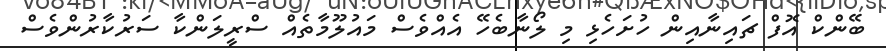
ބޭންކް އޮފް ޗައިނާއިން ހުށަހެޅި މި ލޯނާބެހޭ އެއްވެސް މައުލޫމާތެއް ސްރީލަންކާ ސަރުކާރުންވެސް